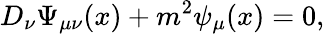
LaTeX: D_{\nu}\Psi_{\mu\nu}(x)+m^{2}\psi_{\mu}(x)=0,